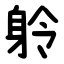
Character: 䠲